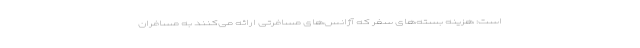
است: هزینه بسته‌های سفر که آژانس‌های مسافرتی ارائه می‌کنند به مسافران